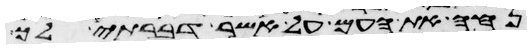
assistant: נחה את העם על אשר דברתי לך